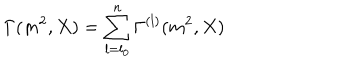
\Gamma ( m ^ { 2 } , X ) = \sum _ { l = l _ { 0 } } ^ { n } \Gamma ^ { ( l ) } ( m ^ { 2 } , X )